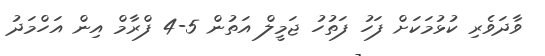
ވާދަވެރި ކުޅުމަކަށް ފަހު ފަތުހު ޖަމީލް އަތުން 5-4 ފްރާމް އިން އަހްމަދު